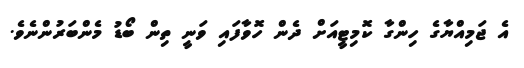
އެ ޖަމިއްޔާގެ ހިންގާ ކޮމިޓީއަށް ދެން ހޮވާފައި ވަނީ ތިން ބޯޑު މެންބަރުންނެވެ.